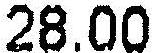
28.00